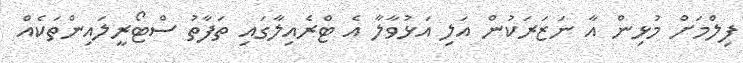
ފިލްމަށް މުޅިން އާ ނަޒަރަކުން އަލި އަޅުވާލާ އެ ޓްރެއިލާގައި ތަފާތު ސްޓޯރީލައިންތަކެއް